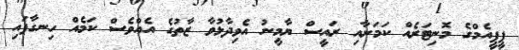
ޕީޕީއެމްގެ މޮނިޓަރެއް ކަމަށާއި ރައީސް ޔާމީނު އެވިދާޅުވާ ޒާތުގެ އެއްވެސް ކަމެއް ހިނގާފައި